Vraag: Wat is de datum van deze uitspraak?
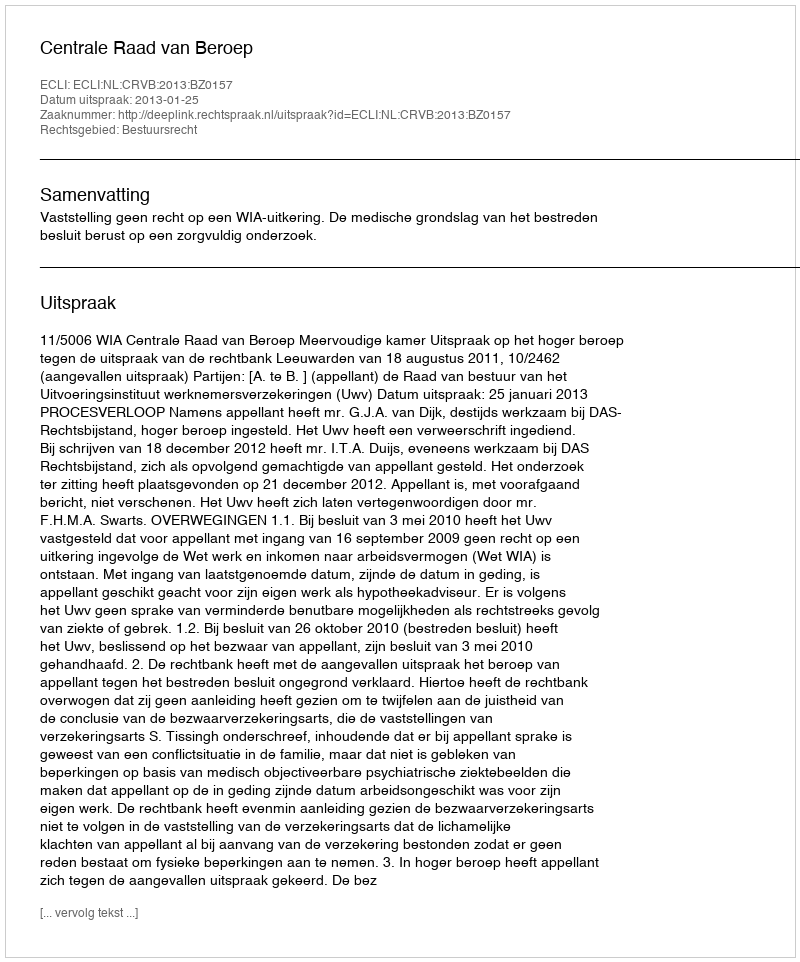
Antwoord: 2013-01-25